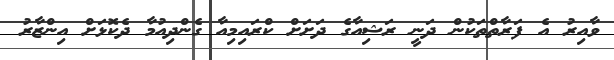
ވާއިރު އެ ފަރާތްތަކުން ދަނީ ރަޝިއާގެ ދަށަށް ކްރައިމިއާ ގެންދިއުމާ ދެކޮޅަށް އިންޒާރު